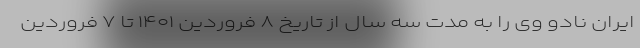
ایران نادو وی را به مدت سه سال از تاریخ ۸ فروردین ۱۴۰۱ تا ۷ فروردین